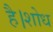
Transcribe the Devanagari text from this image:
है।शोध